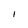
Character: 1